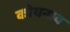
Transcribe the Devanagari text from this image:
कोयनाव